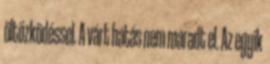
öltözködéssel. A várt hatás nem maradt el. Az egyik